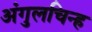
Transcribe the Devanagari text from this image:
अंगुलचिन्ह